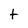
Character: t